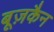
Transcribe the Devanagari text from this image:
बूज़कैन